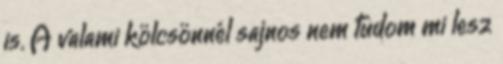
is. A valami kölcsönnél sajnos nem tudom mi lesz